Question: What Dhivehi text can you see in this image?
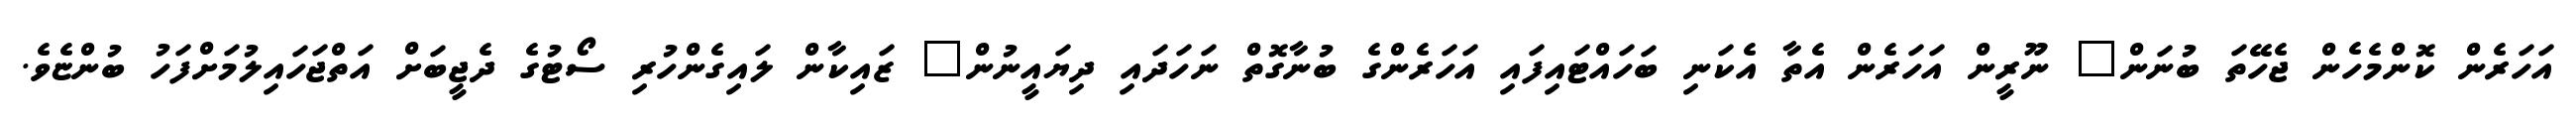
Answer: އަހަރެން ކޮންމެހެން ޖެހޭތަ ބުނަން? ނޫރީން އަހަރެން އެތާ އެކަނި ބަހައްޓައިފައި އަހަރެންގެ ބުނާގޮތް ނަހަދައި ދިޔައީނުން? ޒައިކާން ލައިގެންހުރި ސޯޓުގެ ދެޖީބަށް އަތްޖަހައިލުމަށްފަހު ބުންޏެވެ.